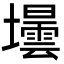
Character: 壜